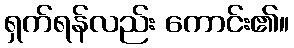
ရှက်ရန်လည်း ကောင်း၏။